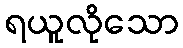
ရယူလိုသော